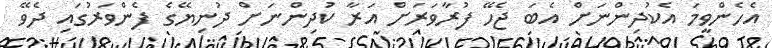
އެހެންވީމަ އެކުދިންނަށް އެބަ ޖެހޭ ފުރާވަރަށް އަރާ ކުދިންނަށް ދުނިޔޭގެ ފެންވަރުގައި ދެވޭ